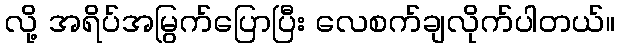
လို့ အရိပ်အမြွက်ပြောပြီး လေစက်ချလိုက်ပါတယ်။